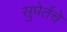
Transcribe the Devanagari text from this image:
सुपेर्तचे